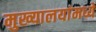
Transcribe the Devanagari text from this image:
मुख्यालयांमध्ये